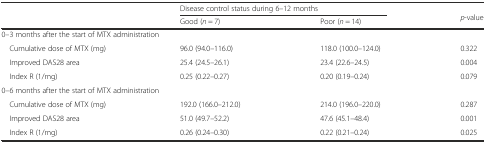
|  | <COLSPAN=2> Disease control status during 6–12 months | <ROWSPAN=2> p-value |
 |  | Good (n = 7) | Poor (n = 14) |
 | --- | --- | --- | --- |
 | <COLSPAN=4> 0–3 months after the start of MTX administration |
 | Cumulative dose of MTX (mg) | 96.0 (94.0–116.0) | 118.0 (100.0–124.0) | 0.322 |
 | Improved DAS28 area | 25.4 (24.5–26.1) | 23.4 (22.6–24.5) | 0.004 |
 | Index R (1/mg) | 0.25 (0.22–0.27) | 0.20 (0.19–0.24) | 0.079 |
 | <COLSPAN=4> 0–6 months after the start of MTX administration |
 | Cumulative dose of MTX (mg) | 192.0 (166.0–212.0) | 214.0 (196.0–220.0) | 0.287 |
 | Improved DAS28 area | 51.0 (49.7–52.2) | 47.6 (45.1–48.4) | 0.001 |
 | Index R (1/mg) | 0.26 (0.24–0.30) | 0.22 (0.21–0.24) | 0.025 |